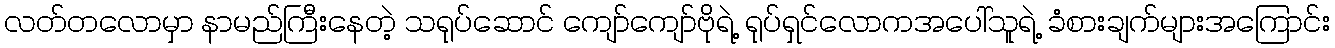
လတ်တလောမှာ နာမည်ကြီးနေတဲ့ သရုပ်ဆောင် ကျော်ကျော်ဗိုရဲ့ ရုပ်ရှင်လောကအပေါ်သူရဲ့ ခံစားချက်များအကြောင်း